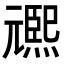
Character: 𭶌